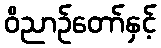
ဝိညာဉ်တော်နှင့်